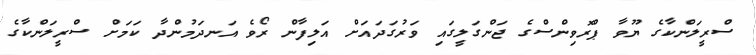
ސްރީލަންކާގެ ޔޫވާ ޕްރޮވިންސްގެ ޖަންގަލީގައި ވަރުގަދައަށް އަލިފާން ރޯވެ އަނދަމުންދާ ކަމަށް ސްރީލަންކާގެ